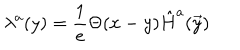
LaTeX: \lambda ^ { a } ( y ) = { \frac { 1 } { e } } \Theta ( x - y ) \hat { H } ^ { a } ( \vec { y } )